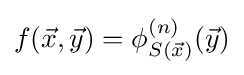
f({\vec {x}},{\vec {y}})=\phi _{S({\vec {x}})}^{(n)}({\vec {y}})